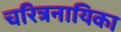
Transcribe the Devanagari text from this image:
चरित्रनायिका